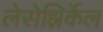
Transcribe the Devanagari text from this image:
लेसेझिर्केल